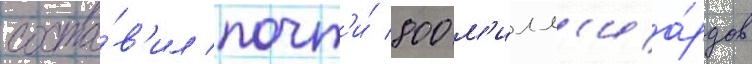
соста́в'ил почт'и́ 800 м'илл'иа́рдов